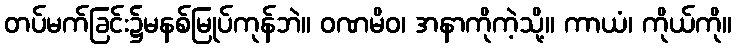
တပ်မက်ခြင်း၌မနစ်မြုပ်ကုန်ဘဲ။ ဝဏမိဝ၊ အနာကိုကဲ့သို့။ ကာယံ၊ ကိုယ်ကို။